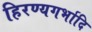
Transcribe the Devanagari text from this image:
हिरण्यगर्भादि